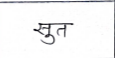
मजकूर: सुत